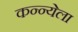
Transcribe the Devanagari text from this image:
कन्न्येला